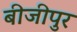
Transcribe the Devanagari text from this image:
बीजीपुर